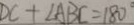
D C + \angle A B C = 1 8 0 ^ { \circ }